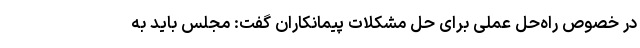
در خصوص راه‌حلِ عملی برای حلِ مشکلاتِ پیمانکاران گفت: مجلس باید به